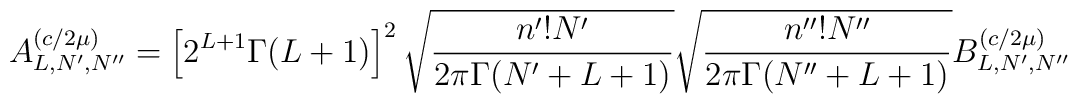
A^{(c/2\mu )}_{L,N',N^{\prime\prime}}=\left[2^{L+1}\Gamma (L+1)\right]^2\sqrt {\frac {n'!N'}{2\pi\Gamma (N'+L+1)}}\sqrt {\frac {n^{\prime\prime}!N^{\prime\prime}}{2\pi\Gamma (N^{\prime\prime}+L+1)}}B^{(c/2\mu )}_{L,N',N^{\prime\prime}}